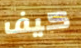
كيف